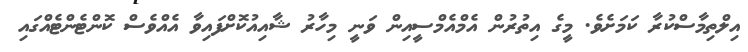
އިލްތިމާސްކުރާ ކަމަށެވެ. މީގެ އިތުރުން އެމްއެމްސީއިން ވަނީ މިހާރު ޝާއިއުކޮށްފައިވާ އެއްވެސް ކޮންޓެންޓެއްގައި